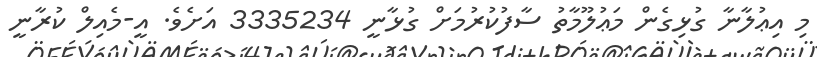
މި އިޢުލާނާ ގުޅިގެން މަޢުލޫމާތު ސާފުކުރުމަށް ގުޅާނީ 3335234 އަށެވެ. އީ-މެއިލް ކުރާނީ